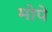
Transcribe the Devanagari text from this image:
मोपे